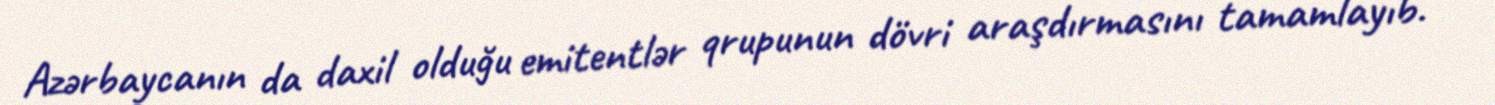
Azərbaycanın da daxil olduğu emitentlər qrupunun dövri araşdırmasını tamamlayıb.